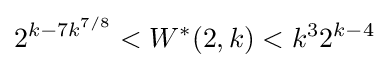
2^{k-7k^{7/8}}<W^{*}(2,k)<k^{3}2^{k-4}